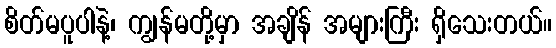
စိတ်မပူပါနဲ့၊ ကျွန်မတို့မှာ အချိန် အများကြီး ရှိသေးတယ်။